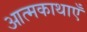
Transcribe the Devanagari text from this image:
आत्मकाथाएँ